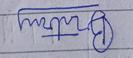
Signature authenticity: forged